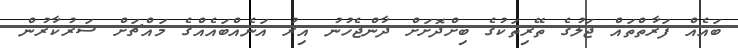
ބައެއް ފަރާތްތައް ޖަލުގެ ތޭރިތަކުގެ ބިށްދޮށަށް ދާންޖެހުނު އިރު އަނެއްބައެއްގެ މައްޗަށް ސަރުކާރުން